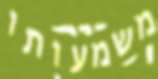
משמעותו